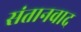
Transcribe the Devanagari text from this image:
संतानवाद